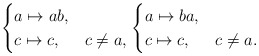
\begin{align*}\begin{cases}a \mapsto ab, \\c \mapsto c, & c \neq a,\end{cases} \begin{cases}a \mapsto ba, \\c \mapsto c, & c \neq a.\end{cases}\end{align*}